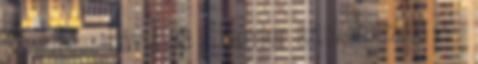
38 Juhász Dávid 38 Barrier szinkronizáció 2 ●